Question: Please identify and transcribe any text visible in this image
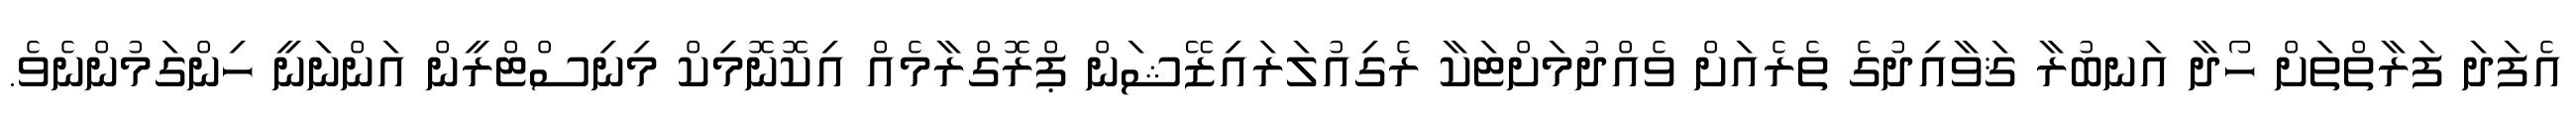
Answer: އެފަދަ ފަރާތްތަށް ހޯދާ އަނބުރާ ޤަވާއިދުގެ ތެރެއަށް ވެއްދުމަށްޓަކާ ރެގިއުލަރައިޒޭޝަން ޕްރޮގްރާމެއް އިކޮނޮމިކް މިނިސްޓްރީން އަންނަނީ ހިންގަމުންނެވެ.